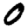
Digit: 0